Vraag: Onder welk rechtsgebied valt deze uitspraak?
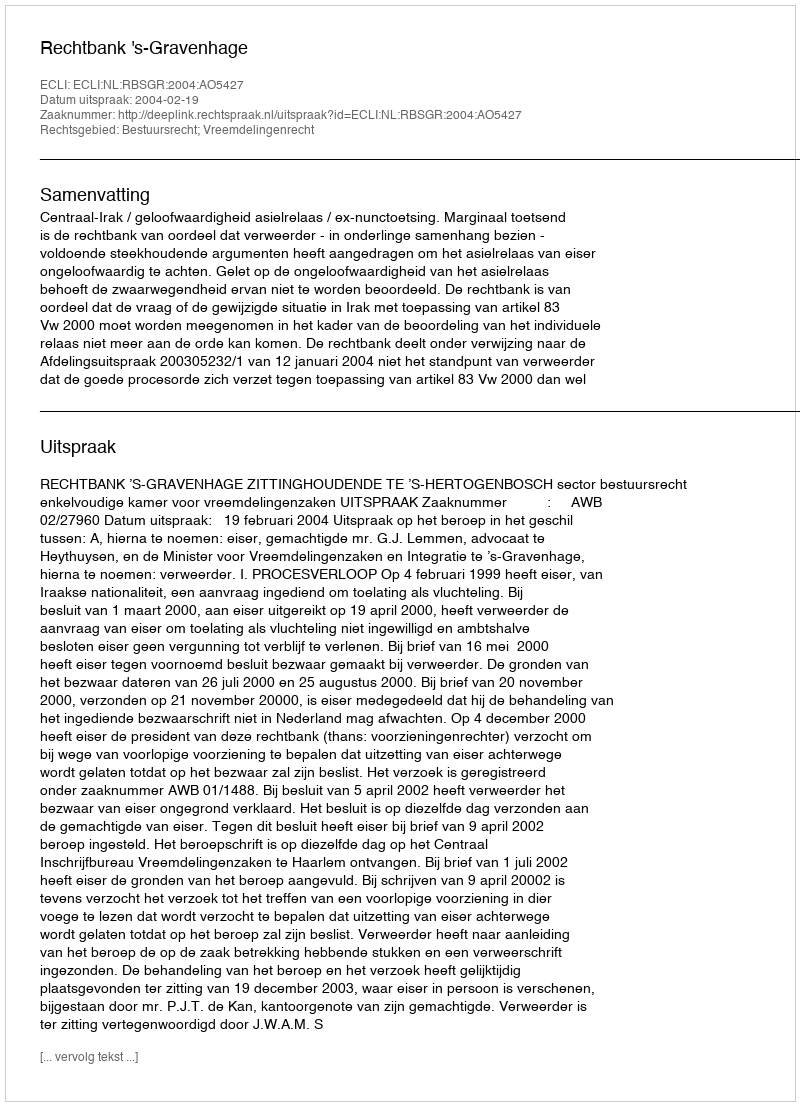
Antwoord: Bestuursrecht; Vreemdelingenrecht